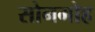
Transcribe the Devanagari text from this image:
सोनमोह